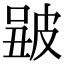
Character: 𤿮